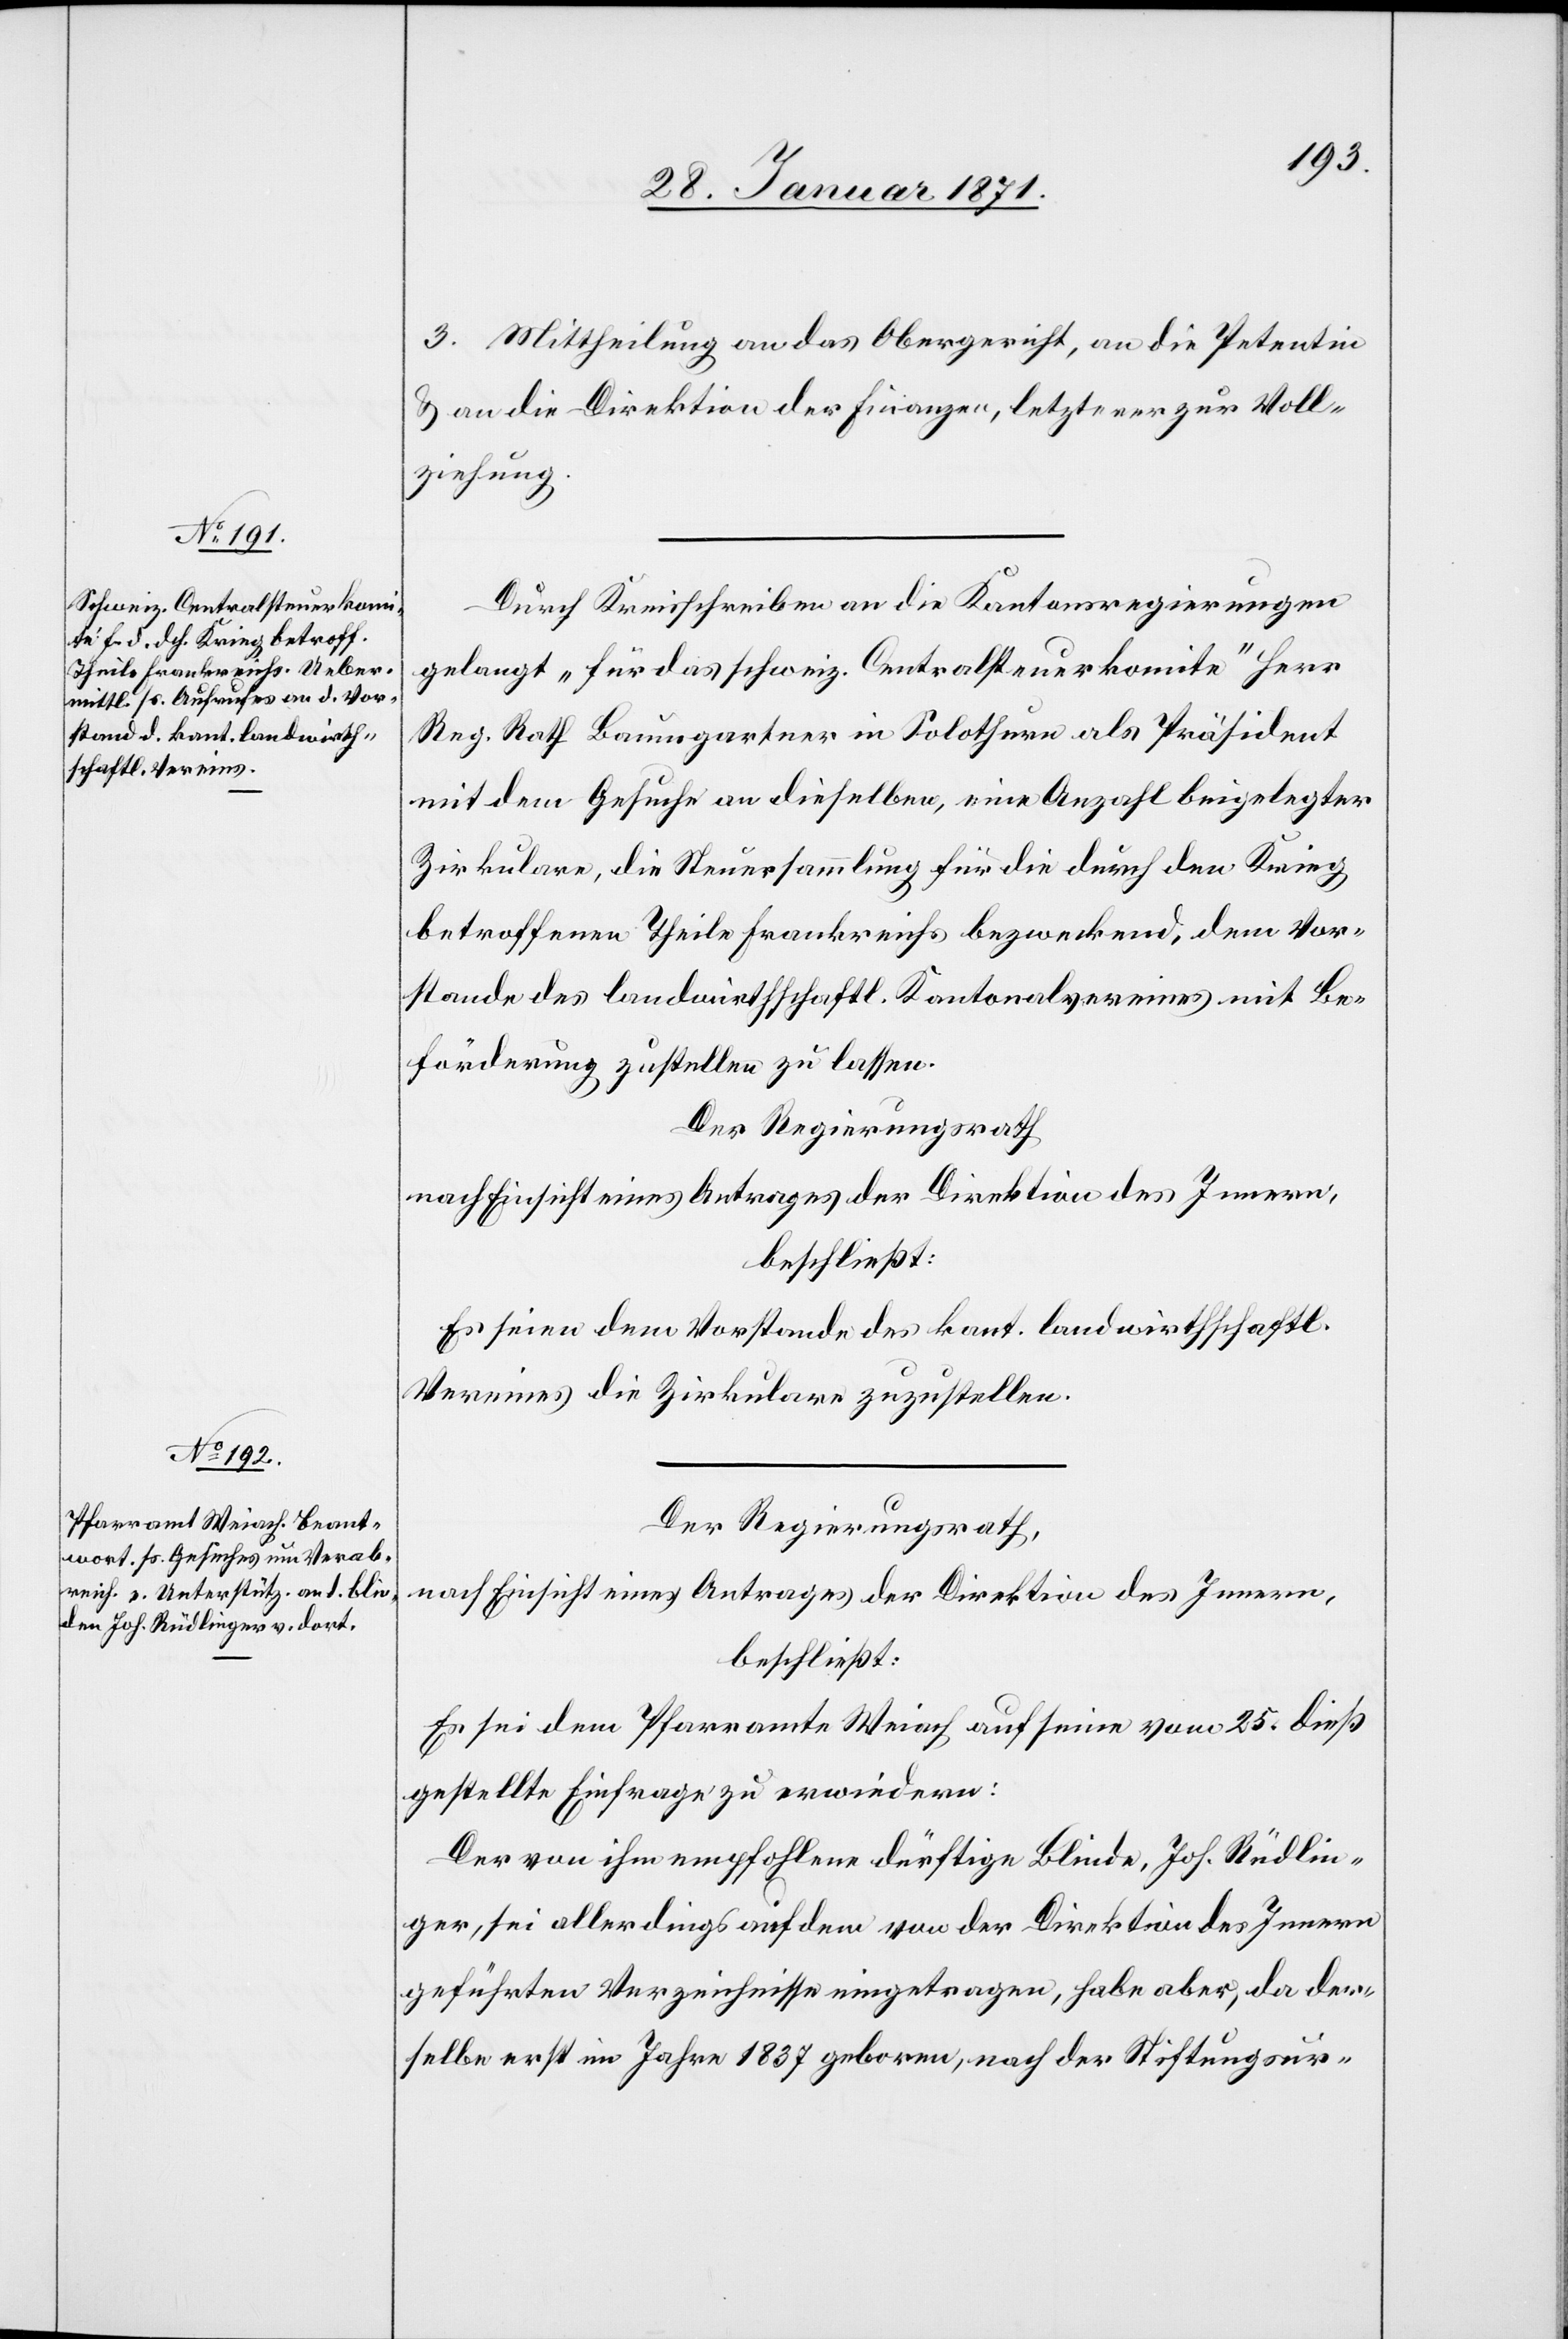
3. Mittheilung an das Obergericht, an die Petentin
u. an die Direktion der Finanzen, letztere zur Voll¬
ziehung.
Durch Kreisschreiben an die Kantonsregierungen
gelangt „für das schweiz. Centralsteuerkomite“ Herr
Reg. Rath Baumgartner in Solothurn als Präsident
mit dem Gesuche an dieselben, eine Anzahl beigelegter
Zirkulare, die Steuersammlung für die durch den Krieg
betroffenen Theile Frankreichs bezweckend, dem Vor¬
stande des landwirthschaftl. Kantonalvereins mit Be¬
förderung zustellen zu lassen.
Der Regierungsrath
nach Einsicht eines Antrages der Direktion des Innern,
beschließt:
Es seien dem Vorstande des kant. landwirthschaftl.
Vereins die Zirkulare zuzustellen.
Der Regierungsrath,
nach Einsicht eines Antrages der Direktion des Innern,
beschließt:
Es sei dem Pfarramte Weiach auf seine vom 25. dieß
gestellte Einfrage zu erwiedern:
Der von ihm empfohlene dürftige Blinde, Joh. Rüdlin¬
ger, sei allerdings auf dem von der Direktion des Innern
geführten Verzeichnisse eingetragen, habe aber, da der¬
selbe erste im Jahre 1837 geboren, nach der Stiftungsur-